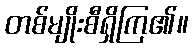
တစ်မျိုးစီရှိကြ၏။